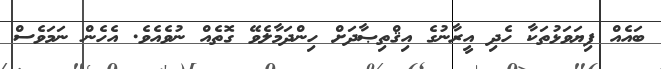
ބައެއް ފިޔަވަޅުތަކާ ހެދި އީރާނުގެ އިޤްތިޞާދަށް ހިންދަމާލެވޭ ގޮތެއް ނުވެއެވެ. އެހެން ނަމަވެސް